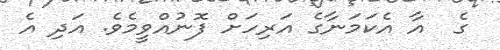
ގެ  އާ އެކަމަނާގެ އަރިހަށް ފޮނުއްވީމެވެ. އަދި އެ